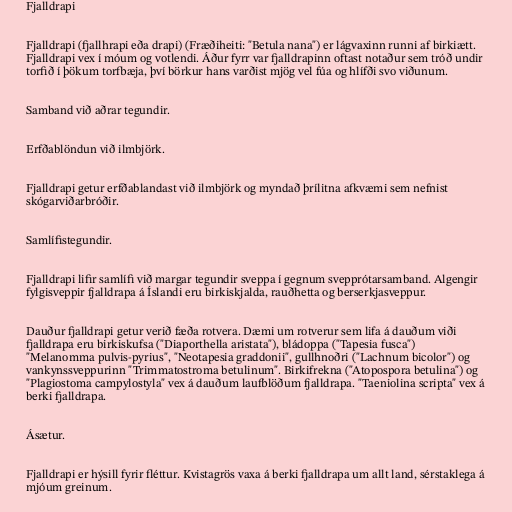
Fjalldrapi

Fjalldrapi (fjallhrapi eða drapi) (Fræðiheiti: "Betula nana") er lágvaxinn runni af birkiætt.
Fjalldrapi vex í móum og votlendi. Áður fyrr var fjalldrapinn oftast notaður sem tróð undir
torfið í þökum torfbæja, því börkur hans varðist mjög vel fúa og hlífði svo viðunum.

Samband við aðrar tegundir.

Erfðablöndun við ilmbjörk.

Fjalldrapi getur erfðablandast við ilmbjörk og myndað þrílitna afkvæmi sem nefnist
skógarviðarbróðir.

Samlífistegundir.

Fjalldrapi lifir samlífi við margar tegundir sveppa í gegnum svepprótarsamband. Algengir
fylgisveppir fjalldrapa á Íslandi eru birkiskjalda, rauðhetta og berserkjasveppur.

Dauður fjalldrapi getur verið fæða rotvera. Dæmi um rotverur sem lifa á dauðum viði
fjalldrapa eru birkiskufsa ("Diaporthella aristata"), bládoppa ("Tapesia fusca")
"Melanomma pulvis-pyrius", "Neotapesia graddonii", gullhnoðri ("Lachnum bicolor") og
vankynssveppurinn "Trimmatostroma betulinum". Birkifrekna ("Atopospora betulina") og
"Plagiostoma campylostyla" vex á dauðum laufblöðum fjalldrapa. "Taeniolina scripta" vex á
berki fjalldrapa.

Ásætur.

Fjalldrapi er hýsill fyrir fléttur. Kvistagrös vaxa á berki fjalldrapa um allt land, sérstaklega á
mjóum greinum.